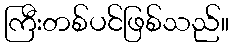
ကြီးတစ်ပင်ဖြစ်သည်။